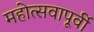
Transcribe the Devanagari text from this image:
महोत्सवापूर्वी